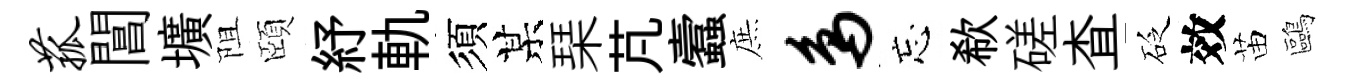
菰閶壙阻頤紓軌須某琹芃蠧庶鸟忘欷磋查砭效苗鷗